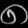
Digit: ၈